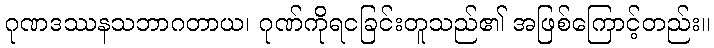
ဂုဏဒဿနသဘာဂတာယ၊ ဂုဏ်ကိုရငခြင်းတူသည်၏ အဖြစ်ကြောင့်တည်း။